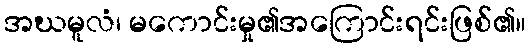
အဃမူလံ၊ မကောင်းမှု၏အကြောင်းရင်းဖြစ်၏။